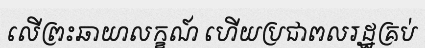
លើព្រះឆាយាលក្ខណ៍ ហើយប្រជាពលរដ្ឋគ្រប់